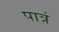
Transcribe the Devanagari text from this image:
पात्रं